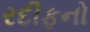
રદીફનો